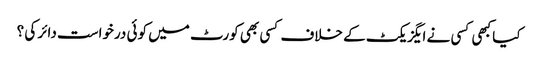
کیا کبھی کسی نے ایگزیکٹ کے خلاف کسی بھی کورٹ میں کوئی درخواست دائر کی ؟